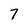
Character: 7